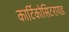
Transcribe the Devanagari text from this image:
कार्टिकोसिटरायड